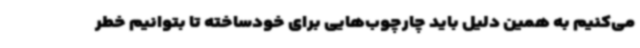
می‌کنیم به همین دلیل باید چارچوب‌هایی برای خودساخته تا بتوانیم خطر